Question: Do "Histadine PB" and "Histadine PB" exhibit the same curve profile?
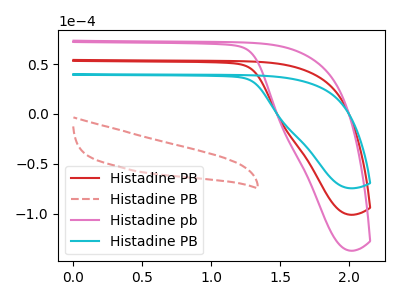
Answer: <think>The red curve "Histadine PB" has no peaks. The red dashed curve "Histadine PB" has no peaks. The pink curve "Histadine pb" has no peaks. The cyan curve "Histadine PB" has no peaks.
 Neither "Histadine PB" or "Histadine PB" have any peaks.</think>
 <answer>"Histadine PB" and "Histadine PB" are similar in shape.</answer>
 <eval>same_shape</eval>